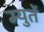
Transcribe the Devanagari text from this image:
म्युर्ते